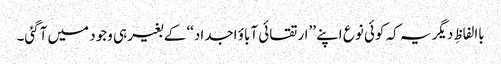
باالفاظِ دیگر یہ کہ کوئی نوع اپنے ’’ارتقائی آباؤ اجداد‘‘ کے بغیر ہی وجود میں آگئی۔